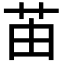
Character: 苖